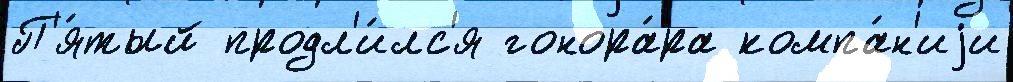
П'я́тый продл'и́лс'я гонора́ра компа́н'иjи